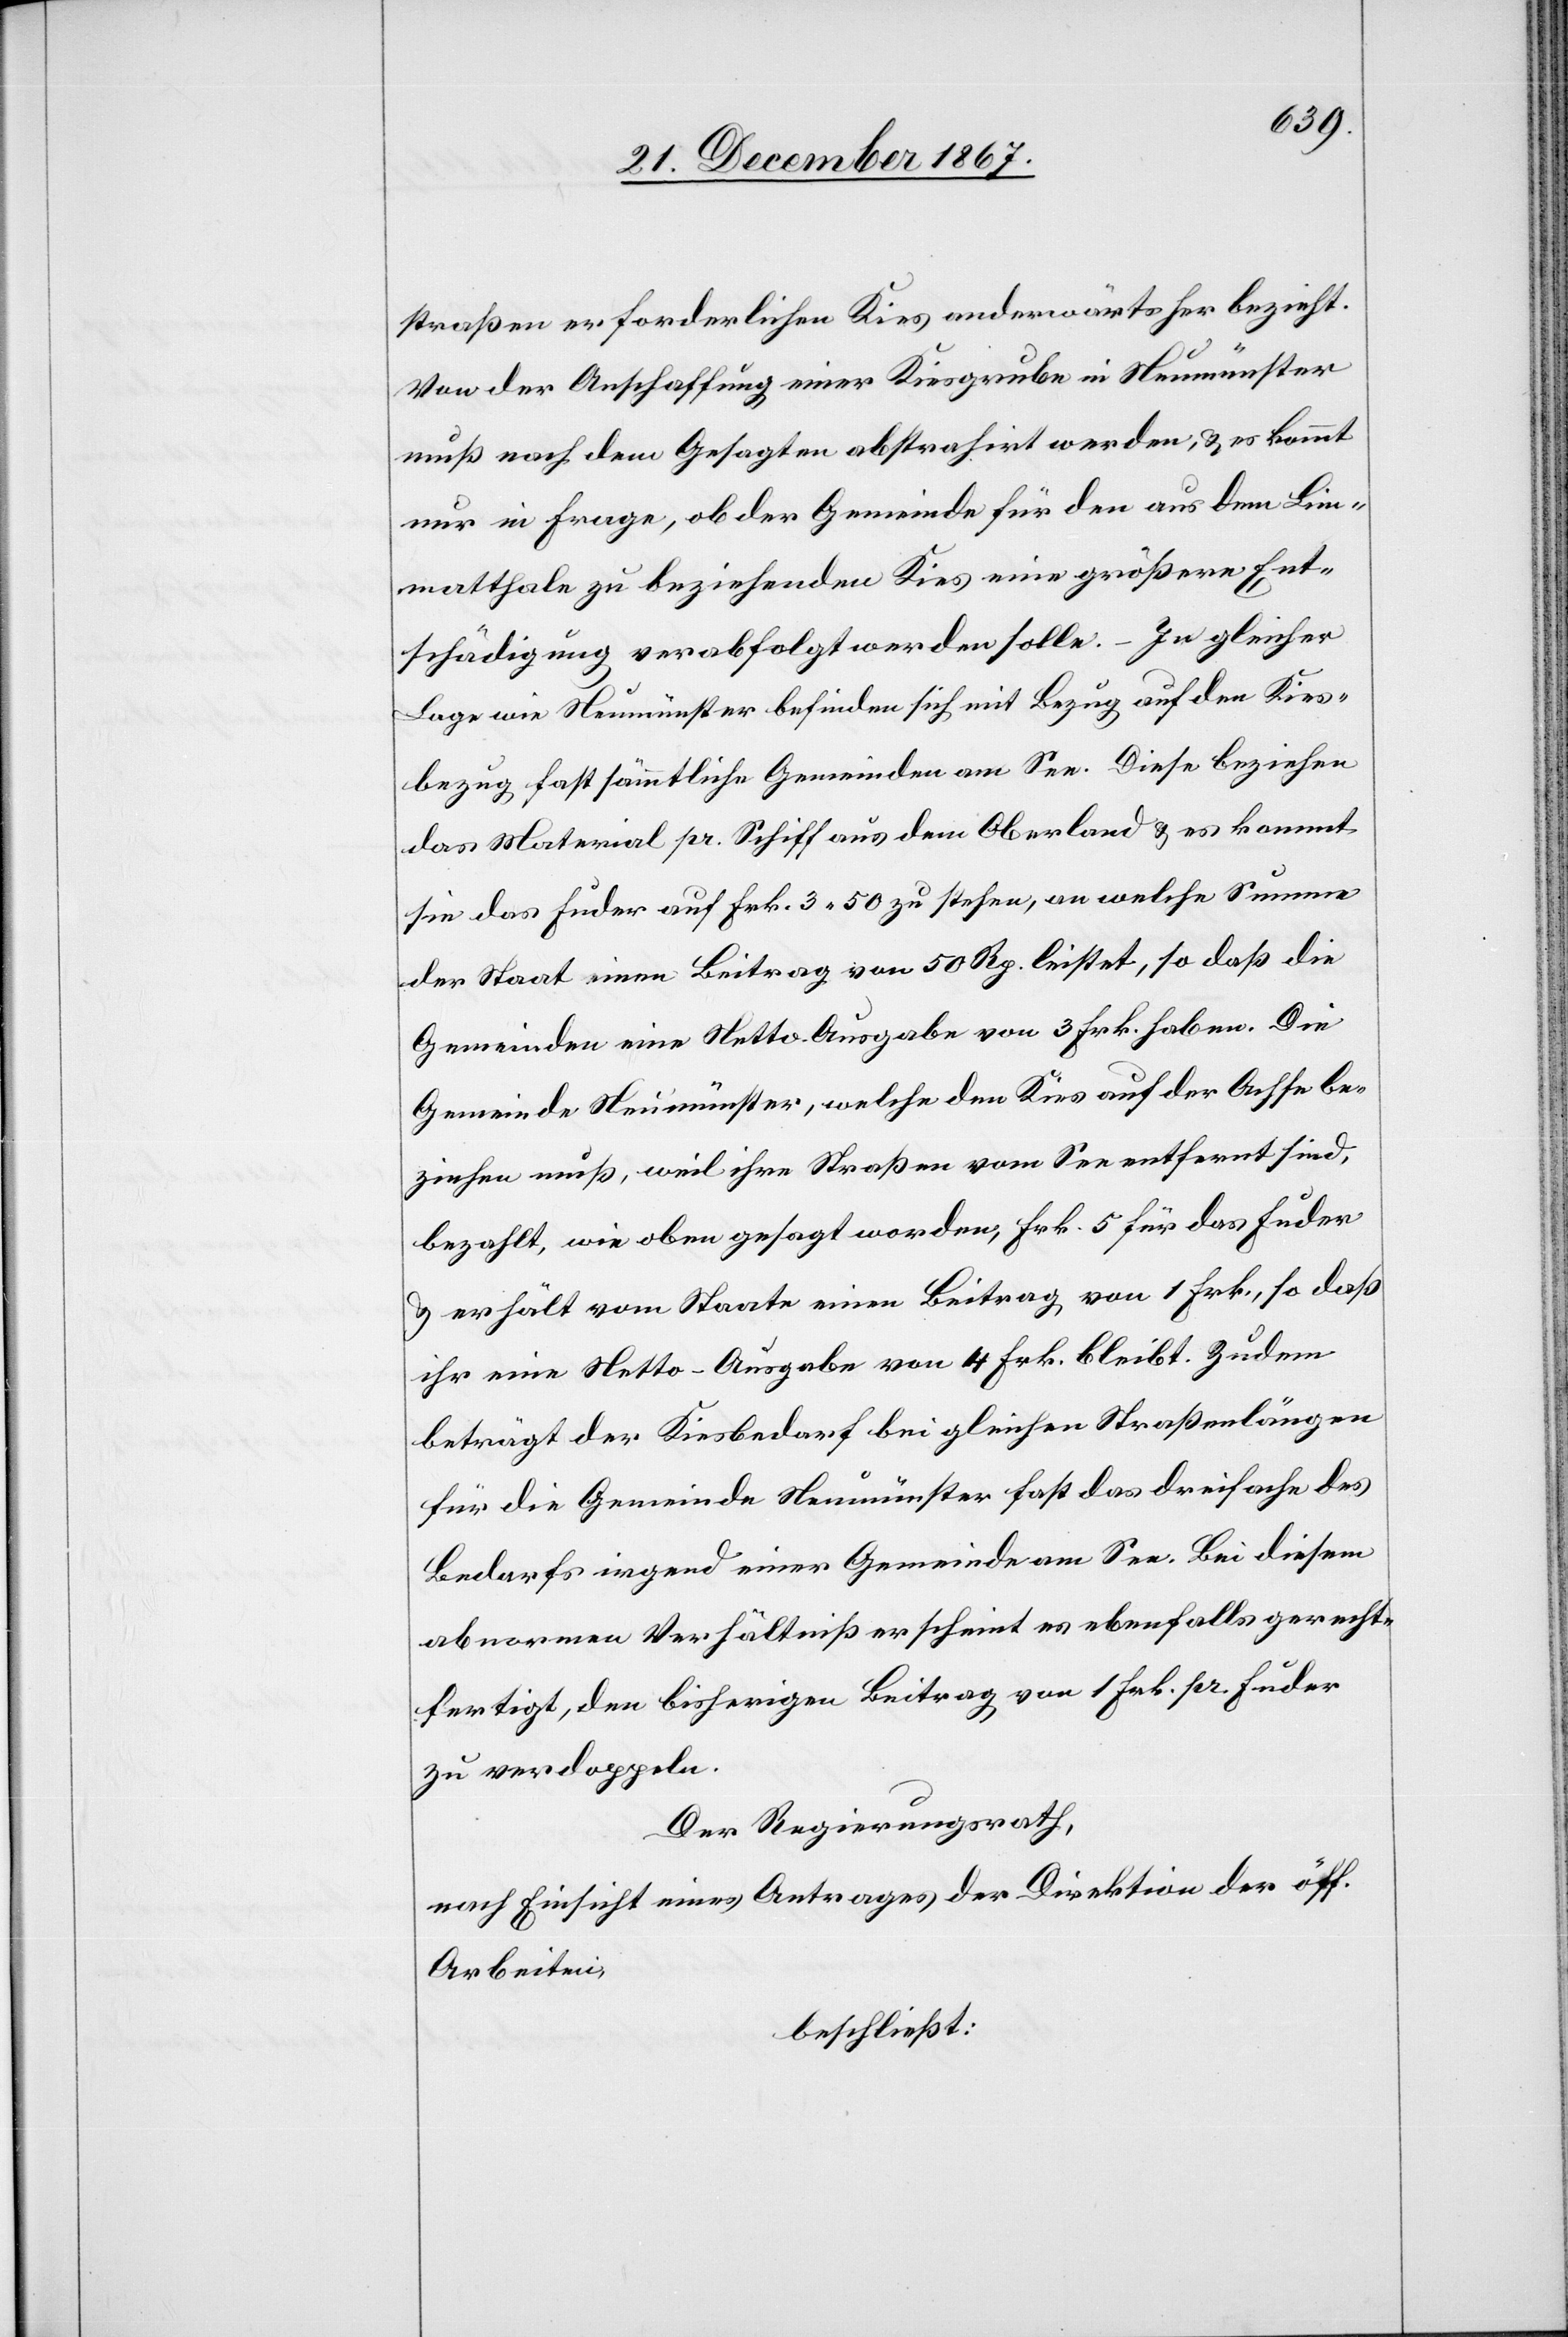
straßen erforderlichen Kies anderwärts her bezieht.
Von der Anschaffung einer Kiesgrube in Neumünster
muß nach dem Gesagten abstrahirt werden, u. es kommt
nur in Frage, ob der Gemeinde für den aus dem Lim¬
matthale zu beziehenden Kies eine größere Ent¬
schädigung verabfolgt werden solle. – In gleicher
Lage wie Neumünster befinden sich mit Bezug auf den Kies¬
bezug fast sämmtliche Gemeinden am See. Diese beziehen
das Material pr. Schiff aus dem Oberland u. es kommt
sie das Fuder auf Frk. 3.50 zu stehen, an welche Summe
der Staat einen Beitrag von 50 Rp. leistet, so daß die
Gemeinden eine Netto-Ausgabe von 3 Frk. haben. Die
Gemeinde Neumünster, welche den Kies auf der Achse be¬
ziehen muß, weil ihre Straßen vom See entfernt sind,
bezahlt, wie oben gesagt worden, Frk. 5 für das Fuder
u. erhält vom Staate einen Beitrag von 1 Frk., so daß
ihr eine Netto-Ausgabe von 4 Frk. bleibt. Zudem
beträgt der Kiesbedarf bei gleichen Straßenlängen
für die Gemeinde Neumünster fast das dreifache des
Bedarfs irgend einer Gemeinde am See. Bei diesem
abnormen Verhältniß erscheint es ebenfalls gerecht¬
fertigt, den bisherigen Beitrag von 1 Frk. pr. Fuder
zu verdoppeln.
Der Regierungsrath,
nach Einsicht eines Antrages der Direktion der öff.
Arbeiten,
beschließt: